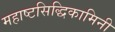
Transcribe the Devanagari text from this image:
महाष्टसिद्धिकामिनी